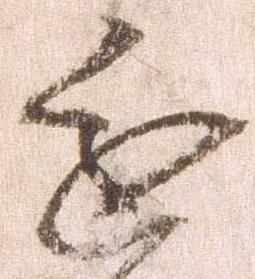
進